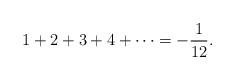
LaTeX: \begin{align*} 1 + 2 + 3 + 4 + \cdots = -\frac{1}{12}.\end{align*}